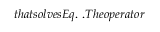
t h a t s o l v e s E q . \ . T h e o p e r a t o r